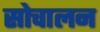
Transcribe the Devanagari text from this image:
सोचालन